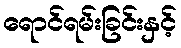
ရောင်ရမ်းခြင်းနှင့်